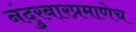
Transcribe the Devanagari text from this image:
नंदुरबारप्रमाणेच